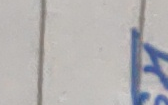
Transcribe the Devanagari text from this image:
आ